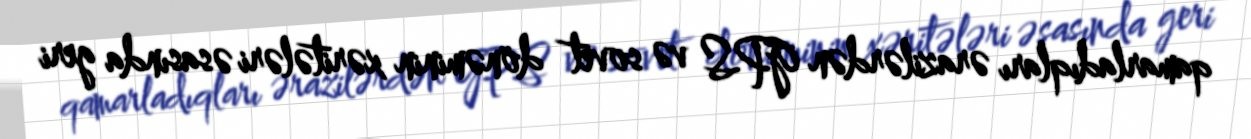
qamarladıqları ərazilərdən GPS və sovet dönəminin xəritələri əsasında geri